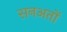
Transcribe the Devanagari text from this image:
सनअतों